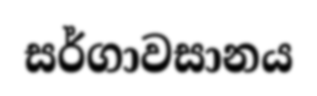
සර්ගාවසානය